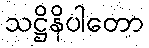
သဋ္ဌိနိပါတော